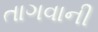
તાગવાની